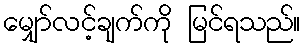
မျှော်လင့်ချက်ကို မြင်ရသည်။